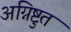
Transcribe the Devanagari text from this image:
अग्निष्टुत